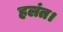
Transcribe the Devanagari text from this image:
हलंत।